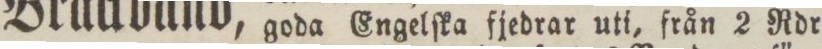
goda Engelſka fjedrar uti, från 2 Rdr